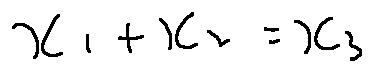
x _ { 1 } + x _ { 2 } = x _ { 3 }